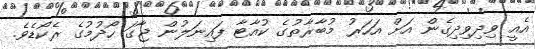
އެއީ ވިދިވިދިގެން އަށް އަހަރު މުބާރާތުގެ ކުއާޓާ ފައިނަލުން ޖާގަ ހޯދުމުގެ ރެކޯޑެވެ.